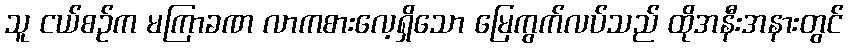
သူ ငယ်စဉ်က မကြာခဏ လာကစားလေ့ရှိသော မြေကွက်လပ်သည် ထိုအနီးအနားတွင်